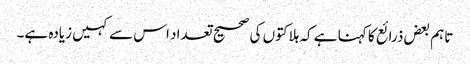
تاہم بعض ذرائع کا کہنا ہے کہ ہلاکتوں کی صحیح تعداد اس سے کہیں زیادہ ہے۔